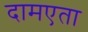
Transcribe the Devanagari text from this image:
दामएता